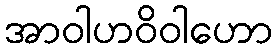
အာဝါဟဝိဝါဟော